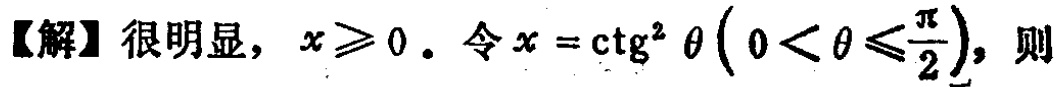
【解】很明显，\(x\geqslant0\)。令\(x = \mathrm{ctg}^{2}\theta\left(0<\theta\leqslant\frac{\pi}{2}\right)\)，则